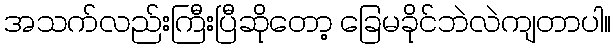
အသက်လည်းကြီးပြီဆိုတော့ ခြေမခိုင်ဘဲလဲကျတာပါ။